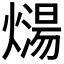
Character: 𰟡